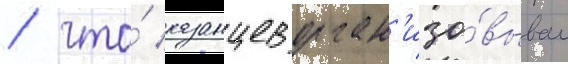
/ что́ казанцев орган'изо́вывал